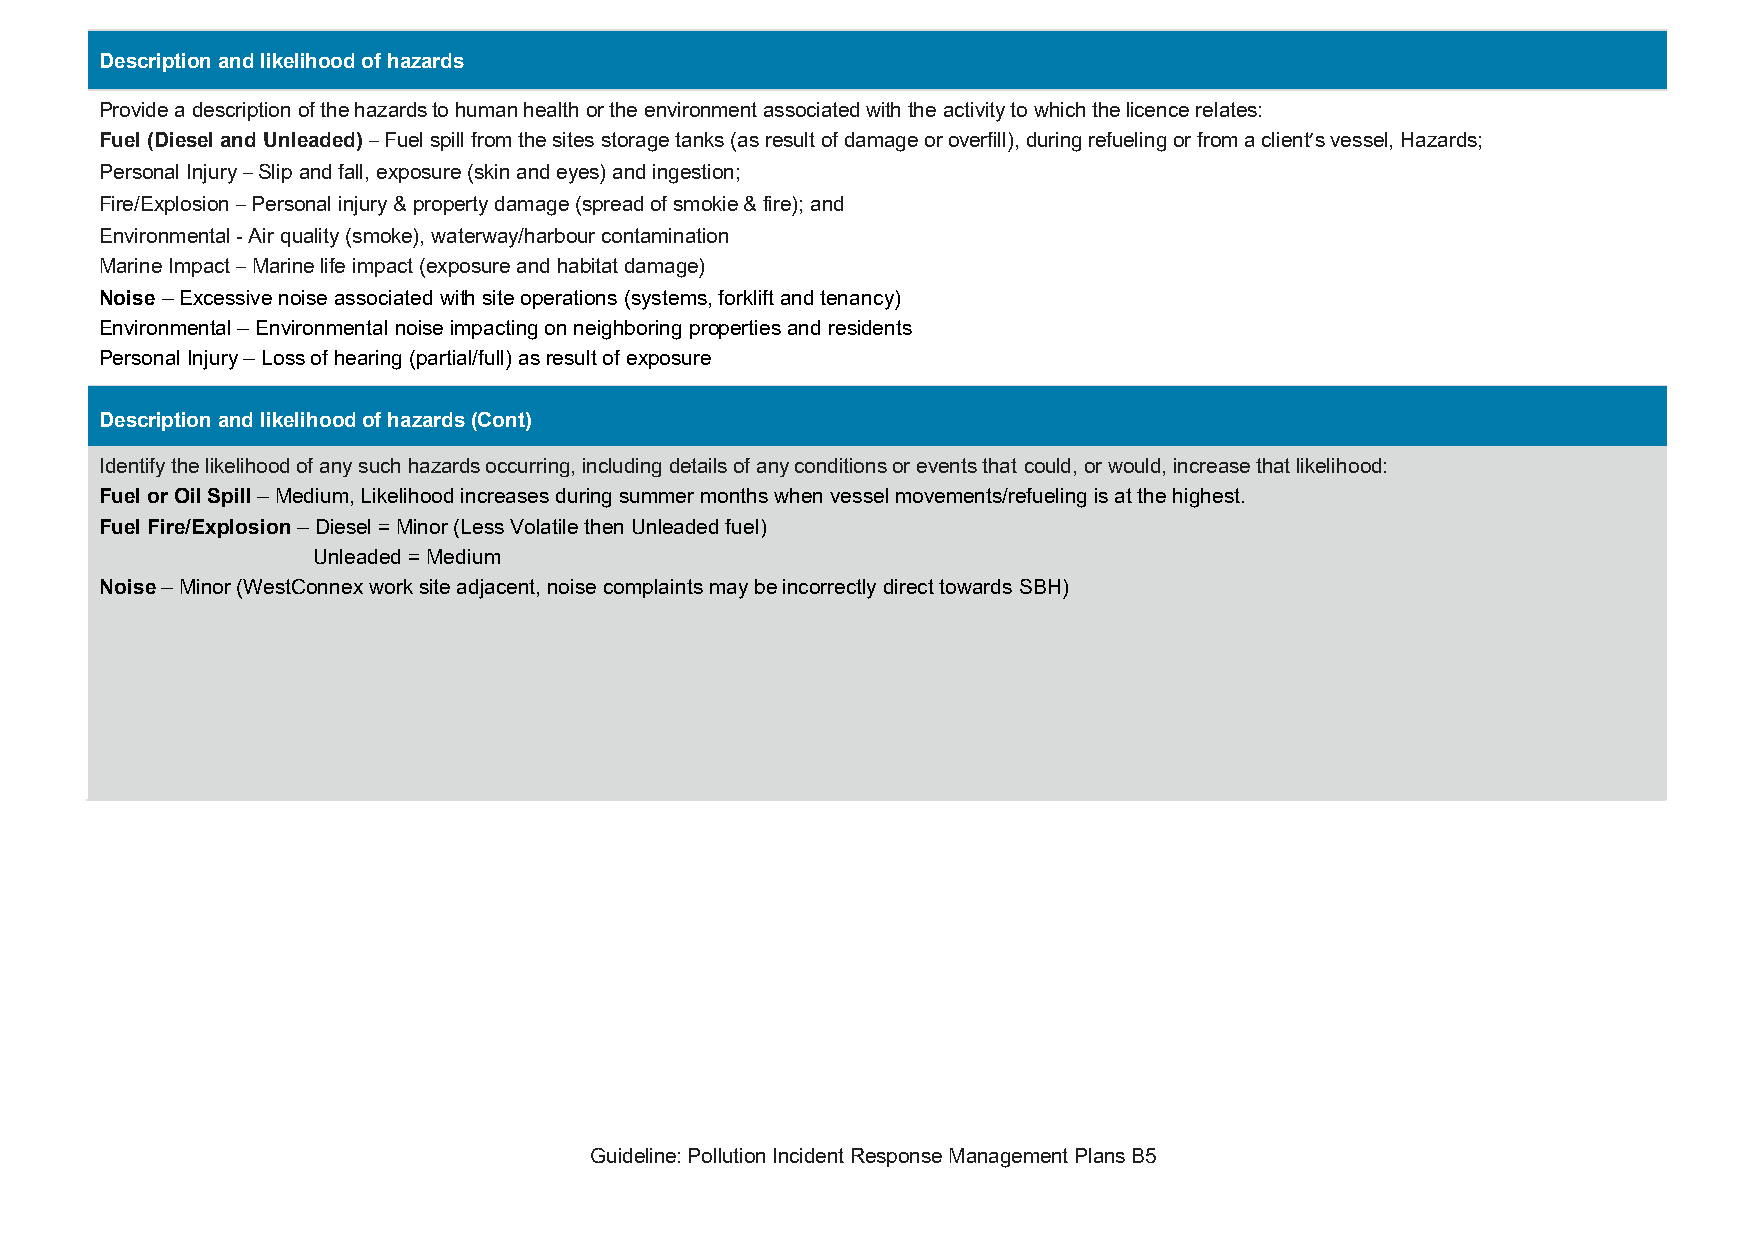
Description and likelihood of hazards
 Provide a description of the hazards to human health or the environment associated with the activity to which the licence relates:
 Fuel (Diesel and Unleaded) – Fuel spill from the sites storage tanks (as result of damage or overfill), during refueling or from a client’s vessel, Hazards;
 Personal Injury – Slip and fall, exposure (skin and eyes) and ingestion;
 Fire/Explosion – Personal injury & property damage (spread of smokie & fire); and
 Environmental - Air quality (smoke), waterway/harbour contamination
 Marine Impact – Marine life impact (exposure and habitat damage)
 Noise – Excessive noise associated with site operations (systems, forklift and tenancy)
 Environmental – Environmental noise impacting on neighboring properties and residents
 Personal Injury – Loss of hearing (partial/full) as result of exposure
 Description and likelihood of hazards (Cont)
 Identify the likelihood of any such hazards occurring, including details of any conditions or events that could, or would, increase that likelihood:
 Fuel or Oil Spill – Medium, Likelihood increases during summer months when vessel movements/refueling is at the highest.
 Fuel Fire/Explosion – Diesel = Minor (Less Volatile then Unleaded fuel)
 Unleaded = Medium
 Noise – Minor (WestConnex work site adjacent, noise complaints may be incorrectly direct towards SBH)
 Guideline: Pollution Incident Response Management Plans B5